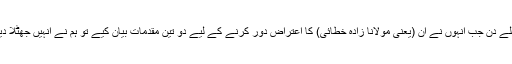
پہلے دن جب اُنہوں نے اُن (یعنی مولانا زادہ خطائی) کا اعتراض دور کرنے کے لیے دو تین مقدمات بیان کیے تو ہم نے اُنہیں جھٹلا دیا۔